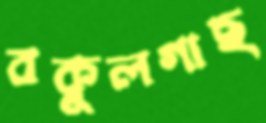
বকুলগাছ